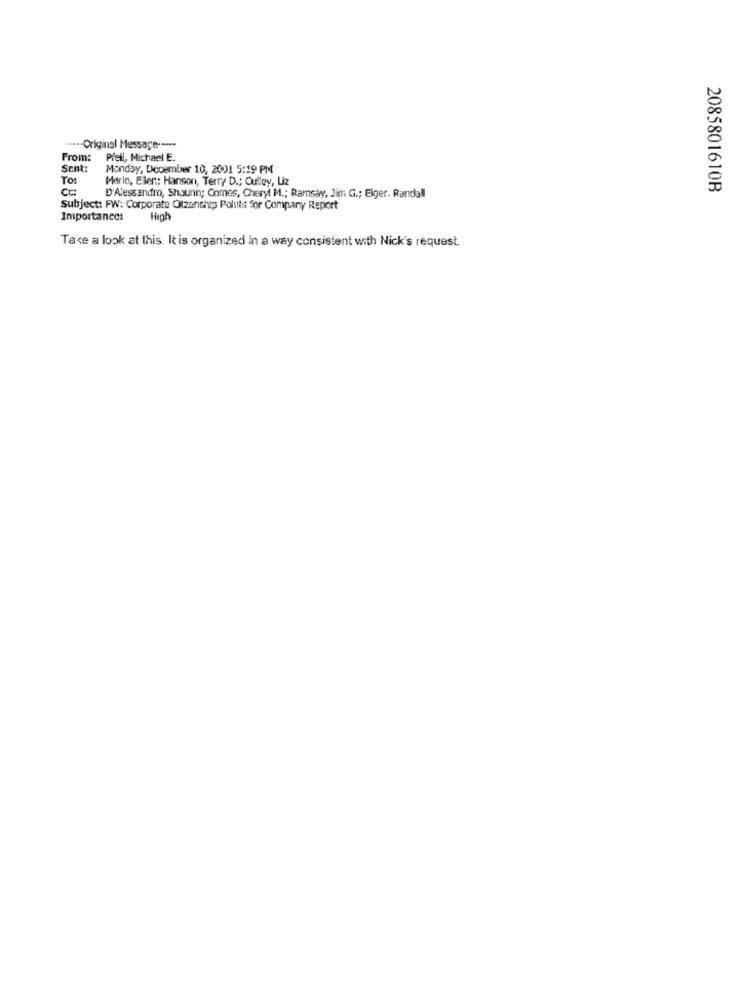
··--- Original Message ----
From:
Piell, Michael E.
Sent:
Monday, December 10, 2001 5:19 PM
To:
Marlo, Ellen; Hanson, Terry D .; Oulley, Liz
C=
2085801610B
D'Alessandro, Shaunn; Comes, Cheryl M .; Ramsay, Jim G .; Eiger. Randall
Subject: FW: Corporate Otzenship Poluits for Company Report
Importance:
High
Take a look at this. It is organized in a way consistent with Nick's request.